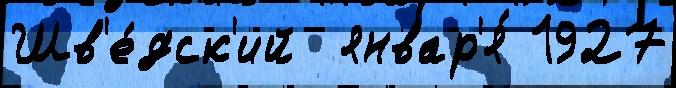
Шв'е́дск'ий  январ'я́ 1927